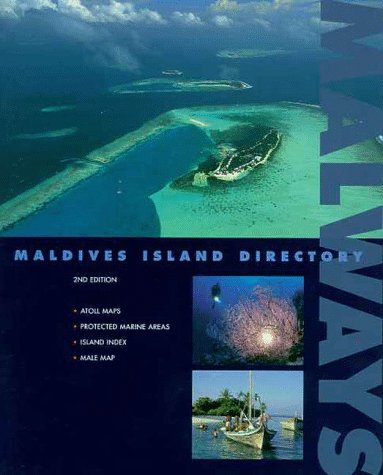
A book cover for Malways: Maldives Island Directory; Tim Godfrey; Travel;